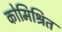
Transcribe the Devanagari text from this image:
कोमिश्रित